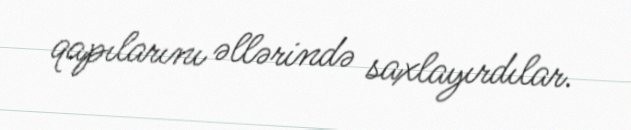
qapılarını əllərində saxlayırdılar.